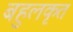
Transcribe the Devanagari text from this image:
बहुलकृत